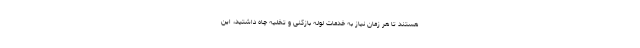
هستند تا هر زمان نیاز به خدمات لوله بازکنی و تخلیه چاه داشتید، این